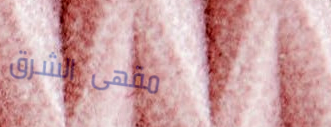
مقهى الشرق